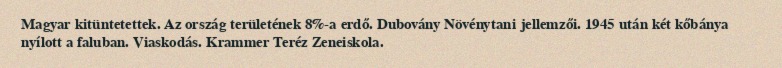
Magyar kitüntetettek. Az ország területének 8%-a erdő. Dubovány Növénytani jellemzői. 1945 után két kőbánya nyílott a faluban. Viaskodás. Krammer Teréz Zeneiskola.